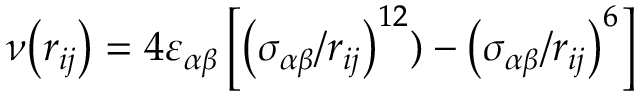
\nu \! \left( r _ { i j } \right) = 4 \varepsilon _ { \alpha \beta } \left[ \left( \sigma _ { \alpha \beta } / r _ { i j } \right) ^ { 1 2 } ) - \left( \sigma _ { \alpha \beta } / r _ { i j } \right) ^ { 6 } \right]